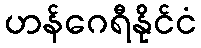
ဟန်ဂေရီနိုင်ငံ